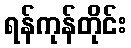
ရန်ကုန်တိုင်း